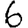
Digit: 6